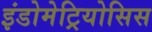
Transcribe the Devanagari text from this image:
इंडोमेट्रियोसिस